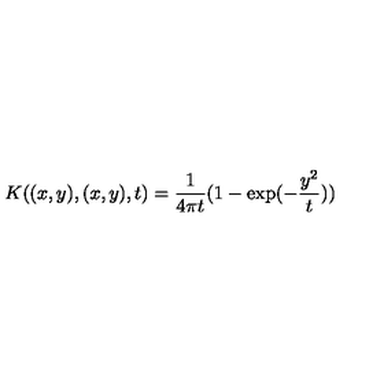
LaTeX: K ( ( x , y ) , ( x , y ) , t ) = { \frac { 1 } { 4 \pi t } } ( 1 - \exp ( - { \frac { y ^ { 2 } } { t } } ) )